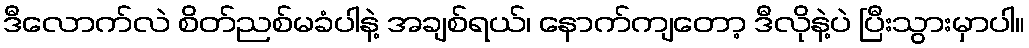
ဒီလောက်လဲ စိတ်ညစ်မခံပါနဲ့ အချစ်ရယ်၊ နောက်ကျတော့ ဒီလိုနဲ့ပဲ ပြီးသွားမှာပါ။